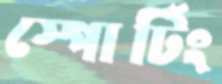
স্পোর্টিং